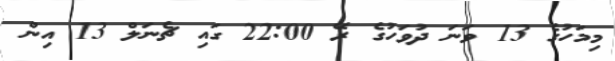
މިމަހުގެ 13 ވަނަ ދުވަހުގެ ރޭ 22:00 ގައި ޗެނަލް 13 އިން